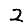
Digit: 2